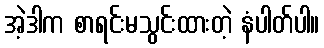
အဲ့ဒါက စာရင်းမသွင်းထားတဲ့ နံပါတ်ပါ။